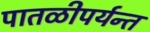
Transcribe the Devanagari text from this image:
पातळीपर्यन्त